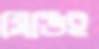
সিভিই